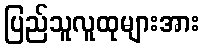
ပြည်သူလူထုများအား